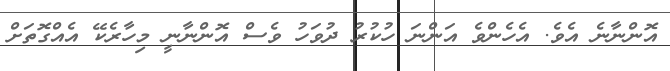
އޮންނާނެ އެވެ. އެހެންވެ އަންނަ ހުކުރު ދުވަހު ވެސް އޮންނާނީ މިހާރެކޭ އެއްގޮތަށް